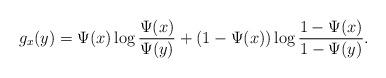
LaTeX: \begin{align*}g_x(y)=\Psi(x)\log\frac{\Psi(x)}{\Psi(y)}+(1-\Psi(x))\log\frac{1-\Psi(x)}{1-\Psi(y)}. \end{align*}